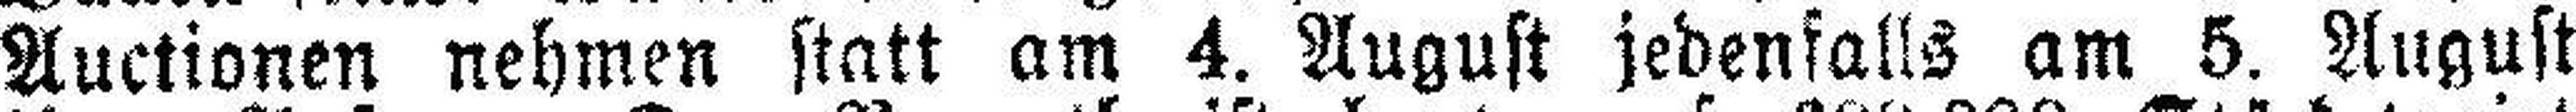
Auctionen nehmen statt am 4. August jedenfalls am 5. August